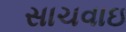
સાચવાઇ